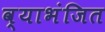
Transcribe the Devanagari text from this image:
व्याभंजित